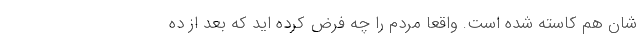
شان هم کاسته شده است. واقعاً مردم را چه فرض کرده اید که بعد از ده